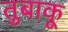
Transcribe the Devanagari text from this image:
तुबाकू